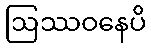
ဩဿဝနေပိ